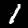
Label: 1